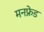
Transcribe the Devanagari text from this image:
मनफ्रेड